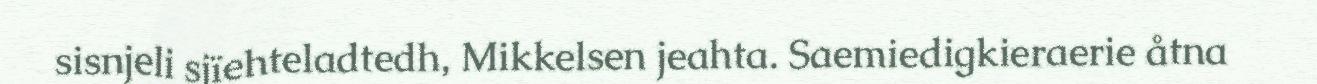
sisnjeli sjïehteladtedh, Mikkelsen jeahta. Saemiedigkieraerie åtna